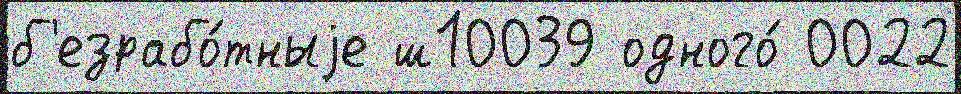
б'езрабо́тныjе ш10039 одного́ 0022